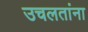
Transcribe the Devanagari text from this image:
उचलतांना